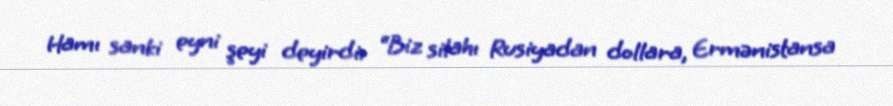
Hamı sanki eyni şeyi deyirdi: “Biz silahı Rusiyadan dollara, Ermənistansa